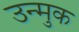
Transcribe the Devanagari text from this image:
उन्मुक